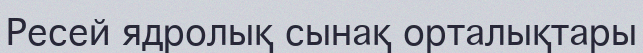
Ресей ядролық сынақ орталықтары